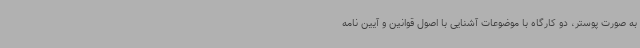
به صورت پوستر، دو کارگاه با موضوعات آشنایی با اصول قوانین و آیین نامه